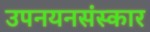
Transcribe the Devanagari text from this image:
उपनयनसंस्कार